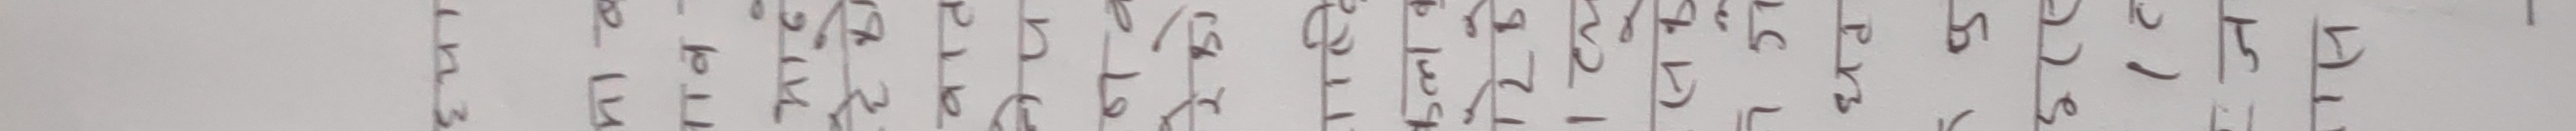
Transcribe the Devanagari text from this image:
प व घ प च ९ स र द त ट ख ३ म ८ ब न ३ ७ प ख त ब १ न प क ९ र ल ब स ख २ १ ९ प घ ७ १ प ७ ४ ६ ८ ३ ९ र च र २ घ ७ ९ ४ ७ ९
ल ४ त र फ व ल ट ध १ ब १ ४ ७ १ ५ ० ६ र २ ९ ल २ ७ ४ ८ ८ ९ ७ ८ ८ ९ ३ २ १ ६ ७ ९ २ ८ ८ ७ २ ९ १ ६ ८
३ १ र च न क १ ब भ ५ ७ २ ५ ९ ४ ३ ८ ६ ९ ५ ५ ८ ६ ३ ५ ४ ८ ४ ० ३ ६ ५ ० ५ ७ ५ ८ ३ ८ ४ ७ ९ ८ ७ ९ ३